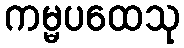
ကမ္မပထေသု